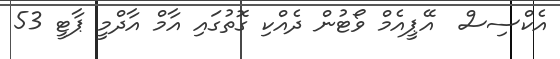
އެކްސިސް  އޭޕީއެމް ވޯޓުން ދެއްކި ގޮތުގައި އާމް އާދްމީ ޕާޓީ 53